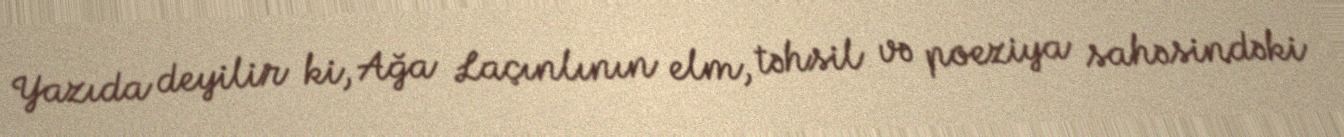
Yazıda deyilir ki, Ağa Laçınlının elm, təhsil və poeziya sahəsindəki